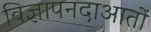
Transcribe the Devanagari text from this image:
विज्ञापनदाआतों